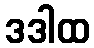
ဒဒါထ